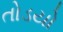
તોડયો